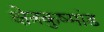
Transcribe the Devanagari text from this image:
क्षेत्रकुष्मांड